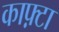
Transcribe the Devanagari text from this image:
काफ़्टा